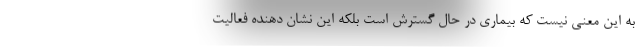
به این معنی نیست که بیماری در حال گسترش است بلکه این نشان دهنده فعالیت